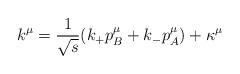
LaTeX: \begin{align*}k^{\mu } = { 1\over \sqrt s } (k_+ p_B^{\mu } + k_- p_A^{\mu } ) + \kappa^{\mu }\end{align*}